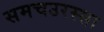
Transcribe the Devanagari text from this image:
समचउरस्सा